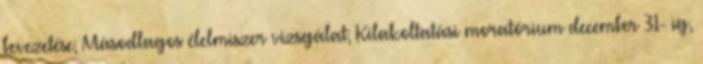
bevezetése; Másodlagos élelmiszer vizsgálat; Kilakoltatási moratórium december 31- ig,